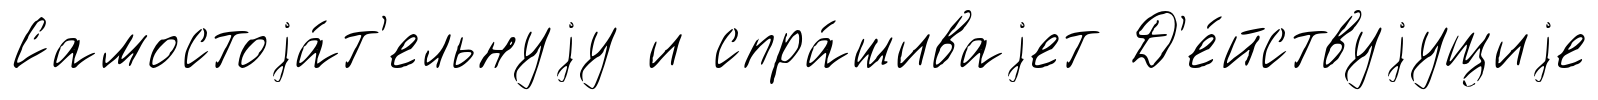
Самостоjа́т'ельнуjу и спра́шиваjет Д'е́йствуjущиjе